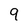
Character: 9